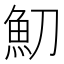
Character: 魛